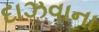
દાઝવાના